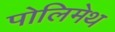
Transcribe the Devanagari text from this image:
पोलिमेथ